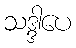
သဒ္ဒါပေ